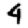
Digit: 4